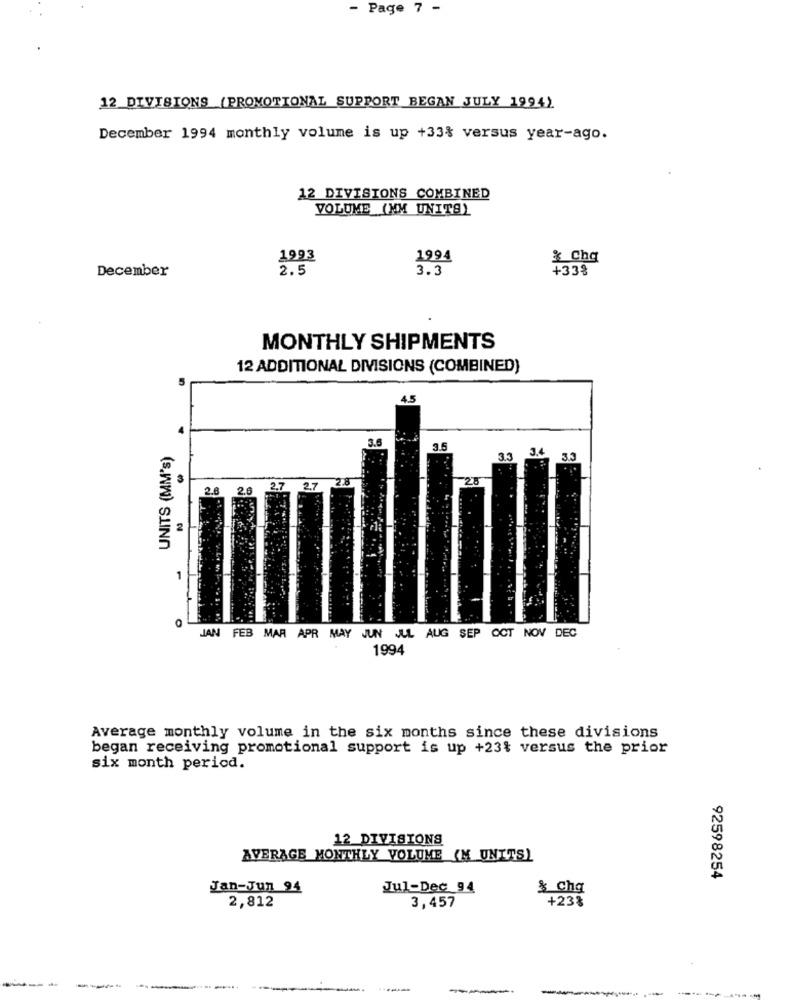
- Page 7 -
12 DIVISIONS (PROMOTIONAL SUPPORT BEGAN JULY 1994)
December 1994 monthly volume is up +33% versus year-ago.
12 DIVISIONS COMBINED
VOLUME (MM UNITS)
1993
1994
x Chq
December
2.5
3.3
+33%
MONTHLY SHIPMENTS
12 ADDITIONAL DIVISIONS (COMBINED)
4.5
3.6
UNITS (MM's)
3.4
33
33
2.6
1
JAN FEB MAR APR MAY JUN JUL AUG SEP OCT NOV DEC
1994
Average monthly volume in the six months since these divisions
began receiving promotional support is up +23% versus the prior
six month period.
12 DIVISIONS
AVERAGE MONTHLY VOLUME (M UNITS)
92598254
Jan-Jun 94
Jul-Dec 94
& chq
2,812
+23%
3,457
----